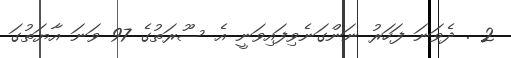
2 . ދެވަނަ ފަހަރު ނަންގަނެވިފައިވަނީ އެ ސޫރަތުގެ 97 ވަނަ އާޔަތުގަ